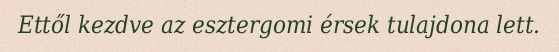
Ettől kezdve az esztergomi érsek tulajdona lett.